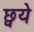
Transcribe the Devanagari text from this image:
छ्वये